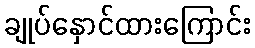
ချုပ်နှောင်ထားကြောင်း